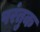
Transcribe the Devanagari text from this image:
परंतुक